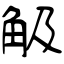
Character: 觙